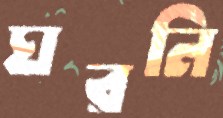
ঘরনি